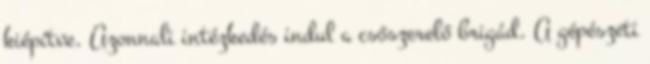
kiépítve. Azonnali intézkedés indul a csőszerelő brigád. A gépészeti